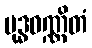
ဗုဒ္ဓဝဏ္ဏိတံ